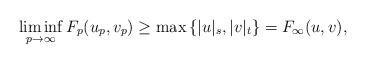
LaTeX: \begin{align*}\liminf_{p\to \infty} F_{p}(u_p,v_p) &\geq \max\left\{\vert u\vert_s, \vert v \vert_t\right\} = F_{\infty}(u,v),\end{align*}